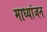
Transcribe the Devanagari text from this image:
माध्यांजन